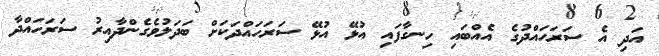
އަދި އެ ސަރަހައްދުގެ އެއްބައި ހިނގާފައި އުޅޭ އުޅޭ ސަރަހައްދަކަށް ބަދަލުވެގެންދާއިރު ސަރަހައްދާ